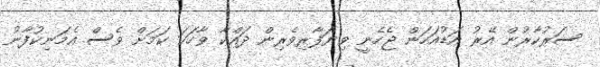
ސަރުކާރުން އޭރު އަޑުއަހަން ޖެހެނީ ވިޔަފާރިވެރިން ދައްކާ ވާހަކަ ކަމަށް ވެސް އެމަނިކުފާނު